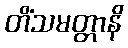
တိံသမတ္တာနိ